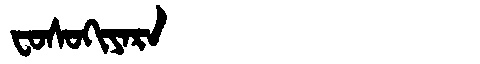
Manchu: ᠸᠣᠰᠣᡴᡳᠶᠠᡵᠠ
Romanization: FOSOKIYARA